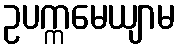
ဥပက္ကမေယျာမ